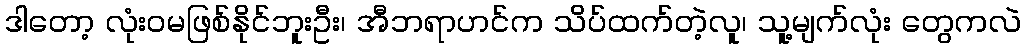
ဒါတော့ လုံးဝမဖြစ်နိုင်ဘူးဦး၊ အီဘရာဟင်က သိပ်ထက်တဲ့လူ၊ သူ့မျက်လုံး တွေကလဲ